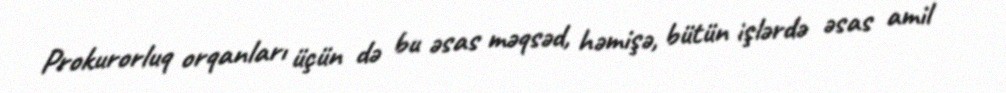
Prokurorluq orqanları üçün də bu əsas məqsəd, həmişə, bütün işlərdə əsas amil